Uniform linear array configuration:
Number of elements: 4
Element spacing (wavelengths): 0.75
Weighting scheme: binomial
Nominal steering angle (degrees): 30
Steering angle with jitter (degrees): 30.721
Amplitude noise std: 0.05
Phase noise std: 0.05

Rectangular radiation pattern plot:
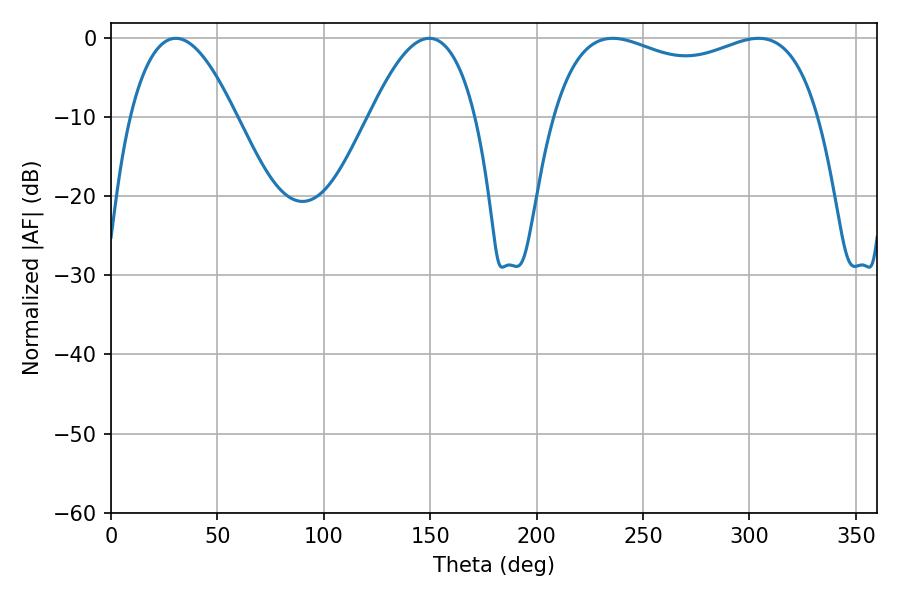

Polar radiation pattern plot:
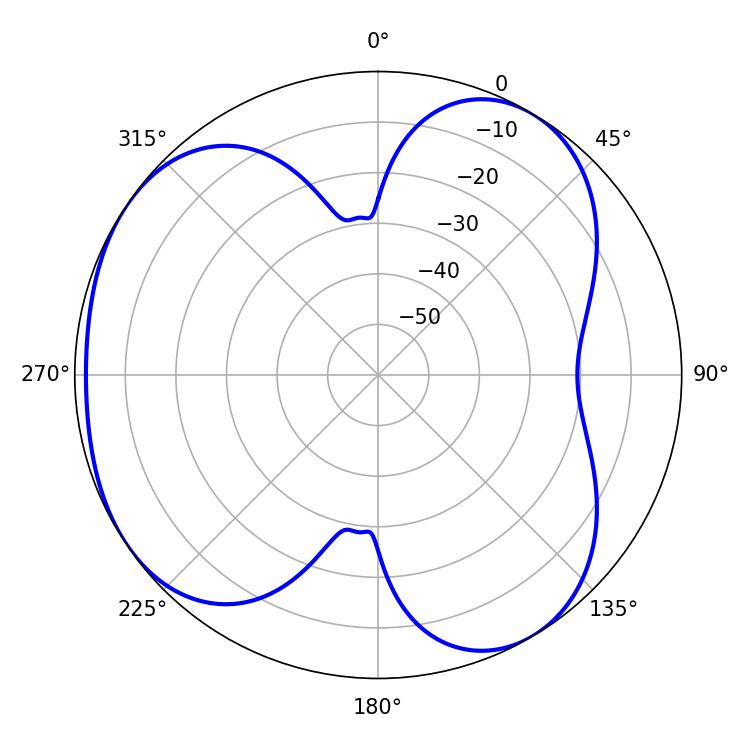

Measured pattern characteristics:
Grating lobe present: TRUE
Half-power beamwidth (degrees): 27.36
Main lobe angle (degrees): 30.42